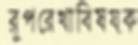
রূপরেখাবিষয়ক